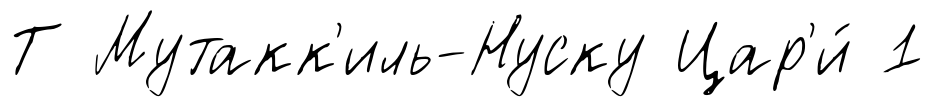
Т Мутакк'иль-Нуску Цар'и́ 1